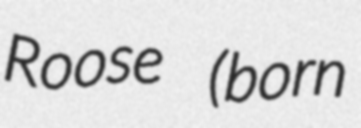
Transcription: Roose (born